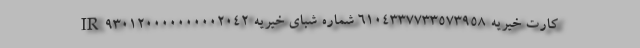
کارت خیریه 6104337733573958 شماره شبای خیریه IR930120000000002042